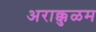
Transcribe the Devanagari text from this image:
अराक्कुळम